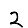
Digit: 2